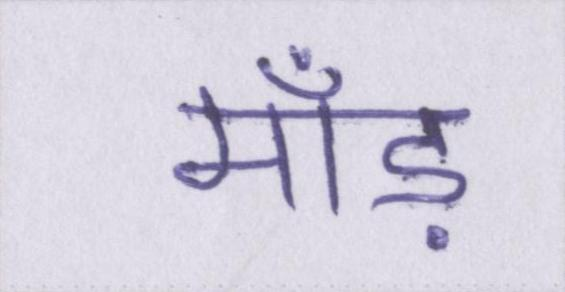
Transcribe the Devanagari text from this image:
माँड़